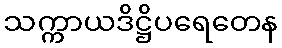
သက္ကာယဒိဋ္ဌိပရေတေန